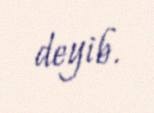
deyib.